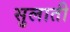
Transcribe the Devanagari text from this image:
सुलाती